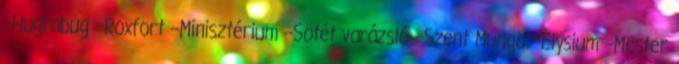
--Hugrabug --Roxfort --Minisztérium --Sötét varázsló --Szent Mungo --Elysium --Mester